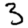
Digit: 3